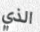
الذي